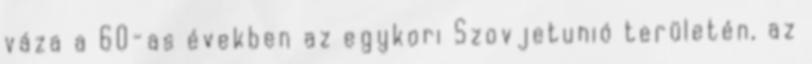
váza a 60-as években az egykori Szovjetunió területén, az